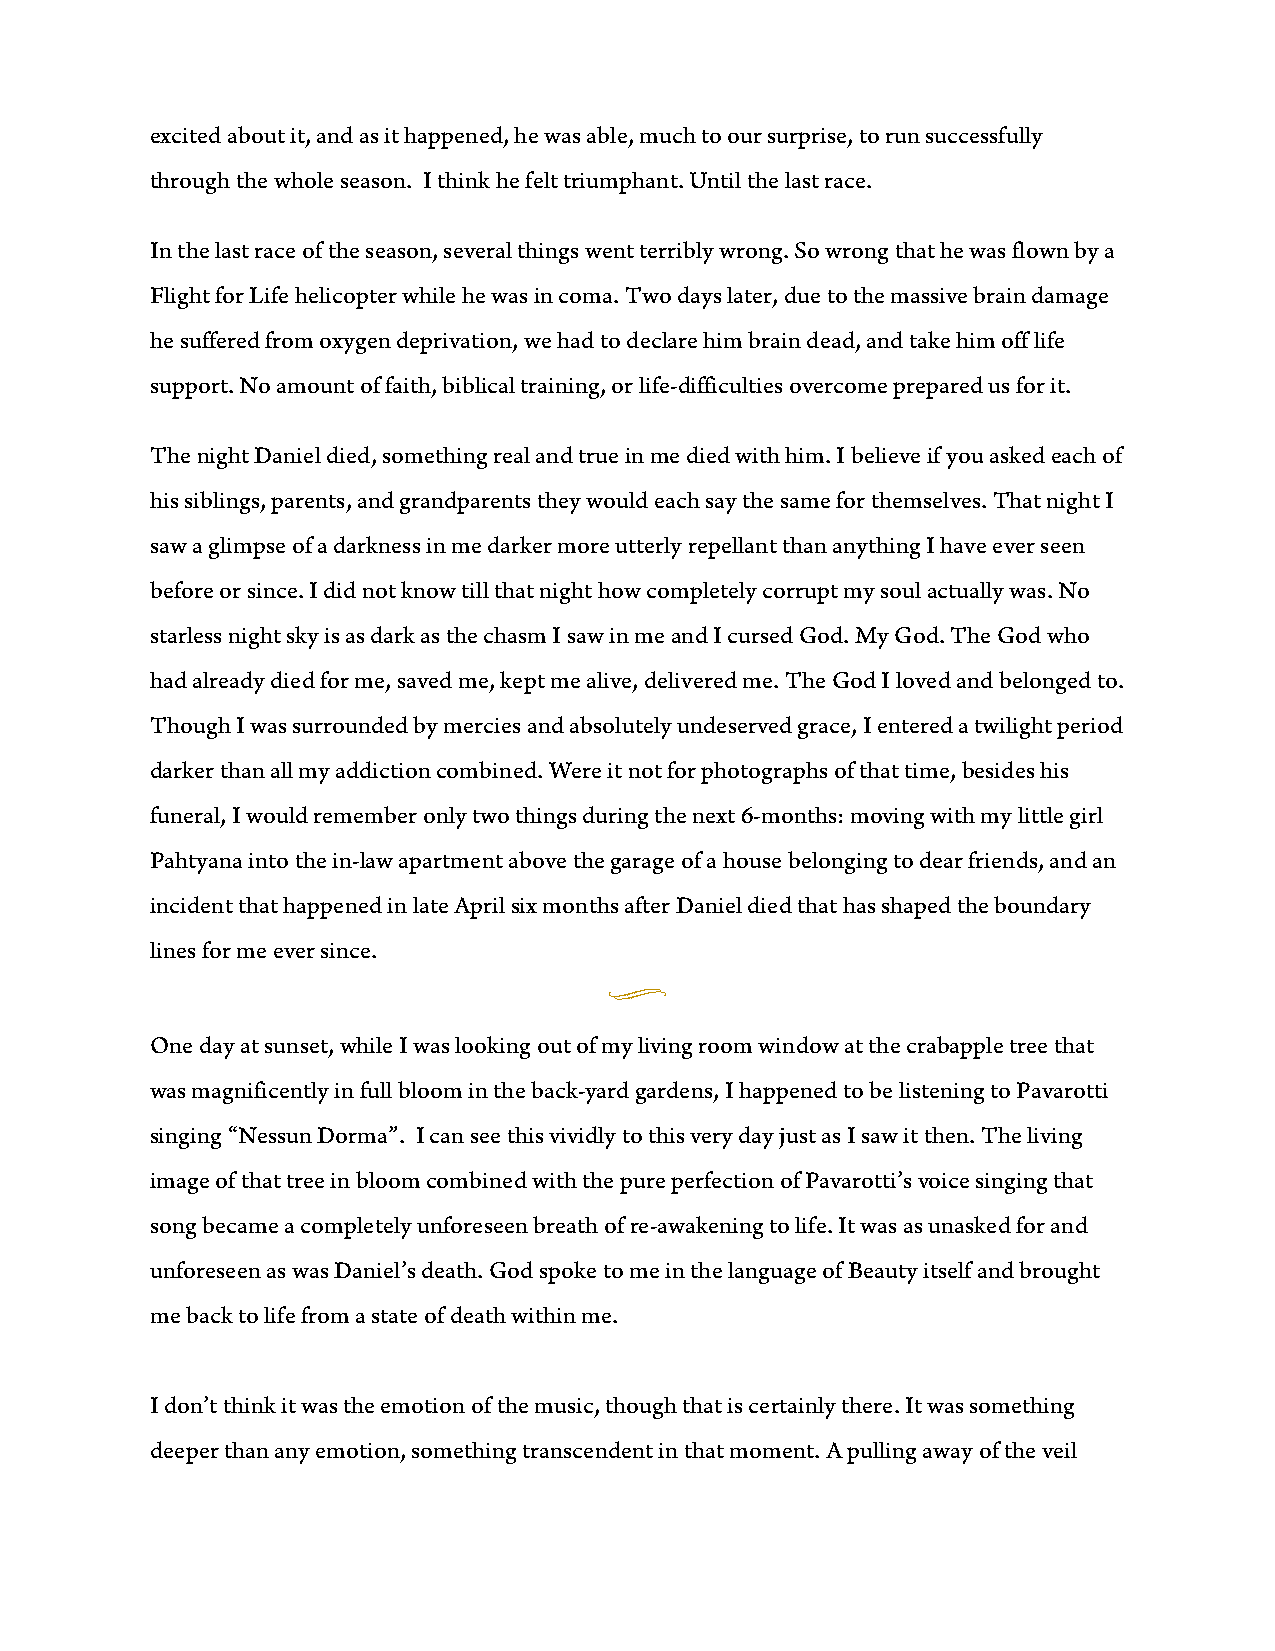
excited about it, and as it happened, he was able, much to our surprise, to run successfully
 through the whole season. I think he felt triumphant. Until the last race.
 In the last race of the season, several things went terribly wrong. So wrong that he was flown by a
 Flight for Life helicopter while he was in coma. Two days later, due to the massive brain damage
 he suffered from oxygen deprivation, we had to declare him brain dead, and take him off life
 support. No amount of faith, biblical training, or life-difficulties overcome prepared us for it.
 The night Daniel died, something real and true in me died with him. I believe if you asked each of
 his siblings, parents, and grandparents they would each say the same for themselves. That night I
 saw a glimpse of a darkness in me darker more utterly repellant than anything I have ever seen
 before or since. I did not know till that night how completely corrupt my soul actually was. No
 starless night sky is as dark as the chasm I saw in me and I cursed God. My God. The God who
 had already died for me, saved me, kept me alive, delivered me. The God I loved and belonged to.
 Though I was surrounded by mercies and absolutely undeserved grace, I entered a twilight period
 darker than all my addiction combined. Were it not for photographs of that time, besides his
 funeral, I would remember only two things during the next 6-months: moving with my little girl
 Pahtyana into the in-law apartment above the garage of a house belonging to dear friends, and an
 incident that happened in late April six months after Daniel died that has shaped the boundary
 lines for me ever since.
 u
 One day at sunset, while I was looking out of my living room window at the crabapple tree that
 was magnificently in full bloom in the back-yard gardens, I happened to be listening to Pavarotti
 singing “Nessun Dorma”. I can see this vividly to this very day just as I saw it then. The living
 image of that tree in bloom combined with the pure perfection of Pavarotti’s voice singing that
 song became a completely unforeseen breath of re-awakening to life. It was as unasked for and
 unforeseen as was Daniel’s death. God spoke to me in the language of Beauty itself and brought
 me back to life from a state of death within me.
 I don’t think it was the emotion of the music, though that is certainly there. It was something
 deeper than any emotion, something transcendent in that moment. A pulling away of the veil